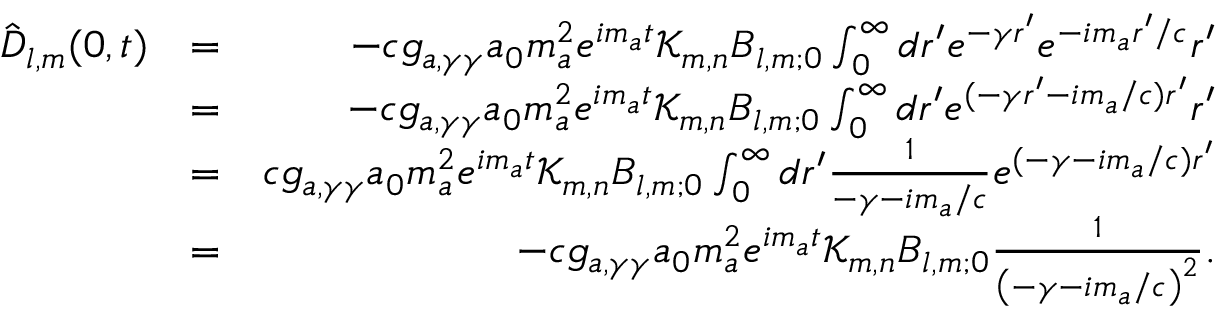
\begin{array} { r l r } { { \hat { \boldsymbol D } } _ { l , m } ( 0 , t ) } & { = } & { - c g _ { a , \gamma \gamma } a _ { 0 } m _ { a } ^ { 2 } e ^ { i m _ { a } t } \mathcal K _ { m , n } \boldsymbol B _ { l , m ; 0 } \int _ { 0 } ^ { \infty } d r ^ { \prime } e ^ { - \gamma r ^ { \prime } } e ^ { - i m _ { a } r ^ { \prime } / c } r ^ { \prime } } \\ & { = } & { - c g _ { a , \gamma \gamma } a _ { 0 } m _ { a } ^ { 2 } e ^ { i m _ { a } t } \mathcal K _ { m , n } \boldsymbol B _ { l , m ; 0 } \int _ { 0 } ^ { \infty } d r ^ { \prime } e ^ { ( - \gamma r ^ { \prime } - i m _ { a } / c ) r ^ { \prime } } r ^ { \prime } } \\ & { = } & { c g _ { a , \gamma \gamma } a _ { 0 } m _ { a } ^ { 2 } e ^ { i m _ { a } t } \mathcal K _ { m , n } \boldsymbol B _ { l , m ; 0 } \int _ { 0 } ^ { \infty } d r ^ { \prime } \frac { 1 } { - \gamma - i m _ { a } / c } e ^ { ( - \gamma - i m _ { a } / c ) r ^ { \prime } } } \\ & { = } & { - c g _ { a , \gamma \gamma } a _ { 0 } m _ { a } ^ { 2 } e ^ { i m _ { a } t } \mathcal K _ { m , n } \boldsymbol B _ { l , m ; 0 } \frac { 1 } { \left( - \gamma - i m _ { a } / c \right) ^ { 2 } } . } \end{array}